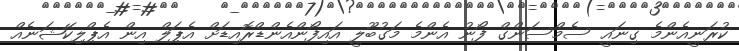
ކުރަނީއެންމެ ގިނައީ ސެމްސަންގް ފޯނު އެންމެ މަގުބޫލީ އައިފޯންއެންޑްރޮއިޑަށް އެޕަލް އިން އެޕްލިކޭޝަނެއް